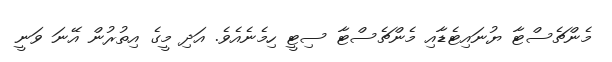
މެންޗެސްޓާ ޔުނައިޓެޑާއި މެންޗެސްޓާ ސިޓީ ހިމެނެއެވެ. އަދި މީގެ އިތުރުން އޭނަ ވަނީ